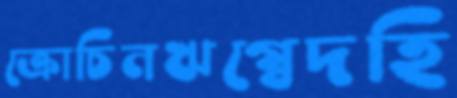
ক্রোচিনঋগ্বেদহি